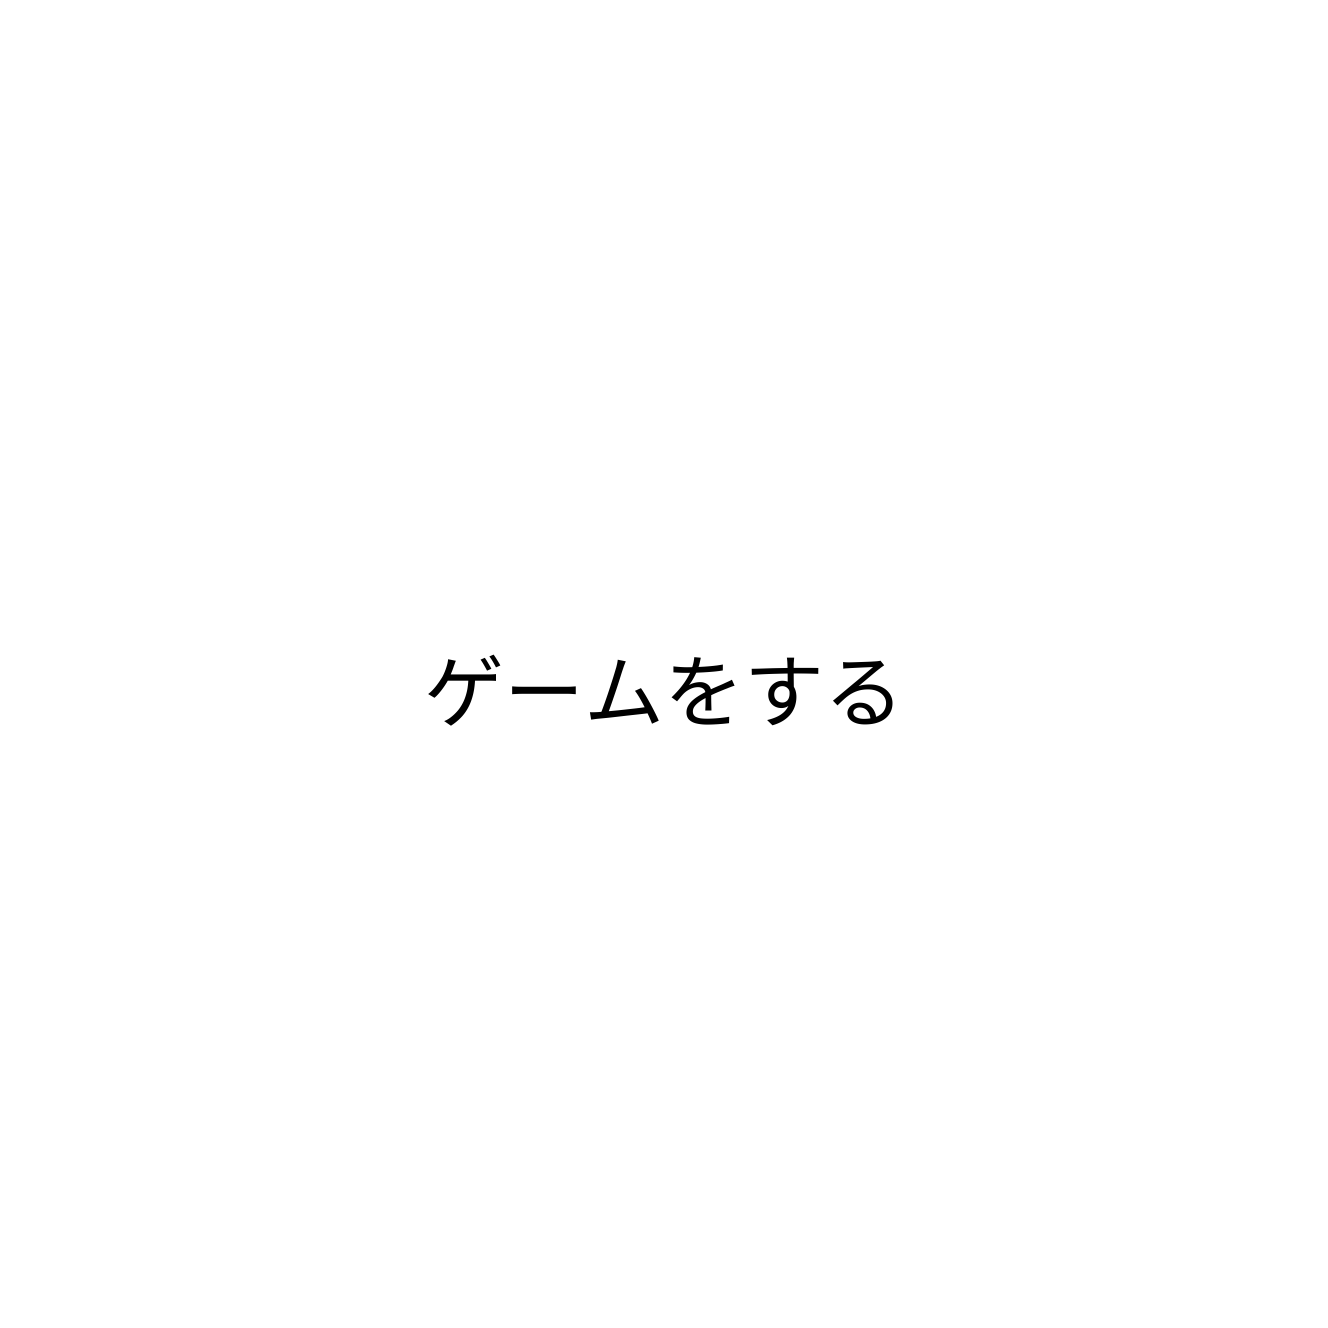
ゲームをする